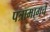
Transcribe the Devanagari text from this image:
पत्रामागचे